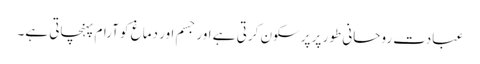
عبادت روحانی طور پر پرسکون کرتی ہے اور جسم اور دماغ کو آرام پہنچاتی ہے۔